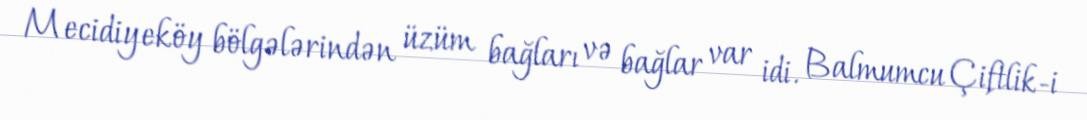
Mecidiyeköy bölgələrindən üzüm bağları və bağlar var idi. Balmumcu Çiftlik-i